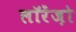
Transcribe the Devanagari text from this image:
लॉरेंज़ो